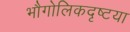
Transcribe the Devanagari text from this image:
भौगोलिकदृष्टया